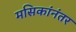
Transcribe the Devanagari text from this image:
मसिकांनंतर